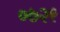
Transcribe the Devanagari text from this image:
०७२९